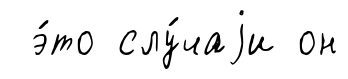
э́то слу́чаjи он